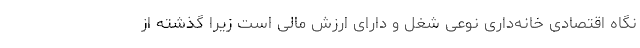
نگاه اقتصادی خانه‌داری نوعی شغل و دارای ارزش مالی است زیرا گذشته از